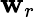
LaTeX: \mathbf{w}_{r}